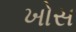
ખોસ